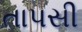
તાપસી